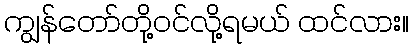
ကျွန်တော်တို့ဝင်လို့ရမယ် ထင်လား။